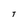
Character: T